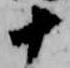
十